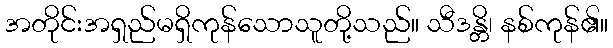
အတိုင်းအရှည်မရှိကုန်သောသူတို့သည်။ သီဒန္တိ၊ နစ်ကုန်၏။